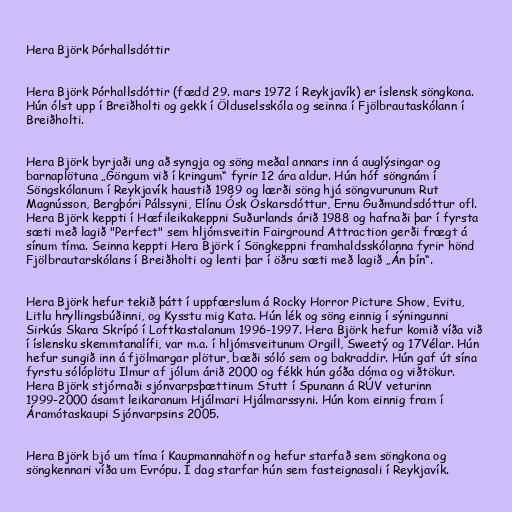
Hera Björk Þórhallsdóttir

Hera Björk Þórhallsdóttir (fædd 29. mars 1972 í Reykjavík) er íslensk söngkona.
Hún ólst upp í Breiðholti og gekk í Ölduselsskóla og seinna í Fjölbrautaskólann í
Breiðholti.

Hera Björk byrjaði ung að syngja og söng meðal annars inn á auglýsingar og
barnaplötuna „Göngum við í kringum“ fyrir 12 ára aldur. Hún hóf söngnám í
Söngskólanum í Reykjavík haustið 1989 og lærði söng hjá söngvurunum Rut
Magnússon, Bergþóri Pálssyni, Elínu Ósk Óskarsdóttur, Ernu Guðmundsdóttur ofl.
Hera Björk keppti í Hæfileikakeppni Suðurlands árið 1988 og hafnaði þar í fyrsta
sæti með lagið "Perfect" sem hljómsveitin Fairground Attraction gerði frægt á
sínum tíma. Seinna keppti Hera Björk í Söngkeppni framhaldsskólanna fyrir hönd
Fjölbrautarskólans í Breiðholti og lenti þar í öðru sæti með lagið „Án þín“.

Hera Björk hefur tekið þátt í uppfærslum á Rocky Horror Picture Show, Evitu,
Litlu hryllingsbúðinni, og Kysstu mig Kata. Hún lék og söng einnig í sýningunni
Sirkús Skara Skrípó í Loftkastalanum 1996-1997. Hera Björk hefur komið víða við
í íslensku skemmtanalífi, var m.a. í hljómsveitunum Orgill, Sweetý og 17Vélar. Hún
hefur sungið inn á fjölmargar plötur, bæði sóló sem og bakraddir. Hún gaf út sína
fyrstu sólóplötu Ilmur af jólum árið 2000 og fékk hún góða dóma og viðtökur.
Hera Björk stjórnaði sjónvarpsþættinum Stutt í Spunann á RÚV veturinn
1999-2000 ásamt leikaranum Hjálmari Hjálmarssyni. Hún kom einnig fram í
Áramótaskaupi Sjónvarpsins 2005.

Hera Björk bjó um tíma í Kaupmannahöfn og hefur starfað sem söngkona og
söngkennari víða um Evrópu. Í dag starfar hún sem fasteignasali í Reykjavík.